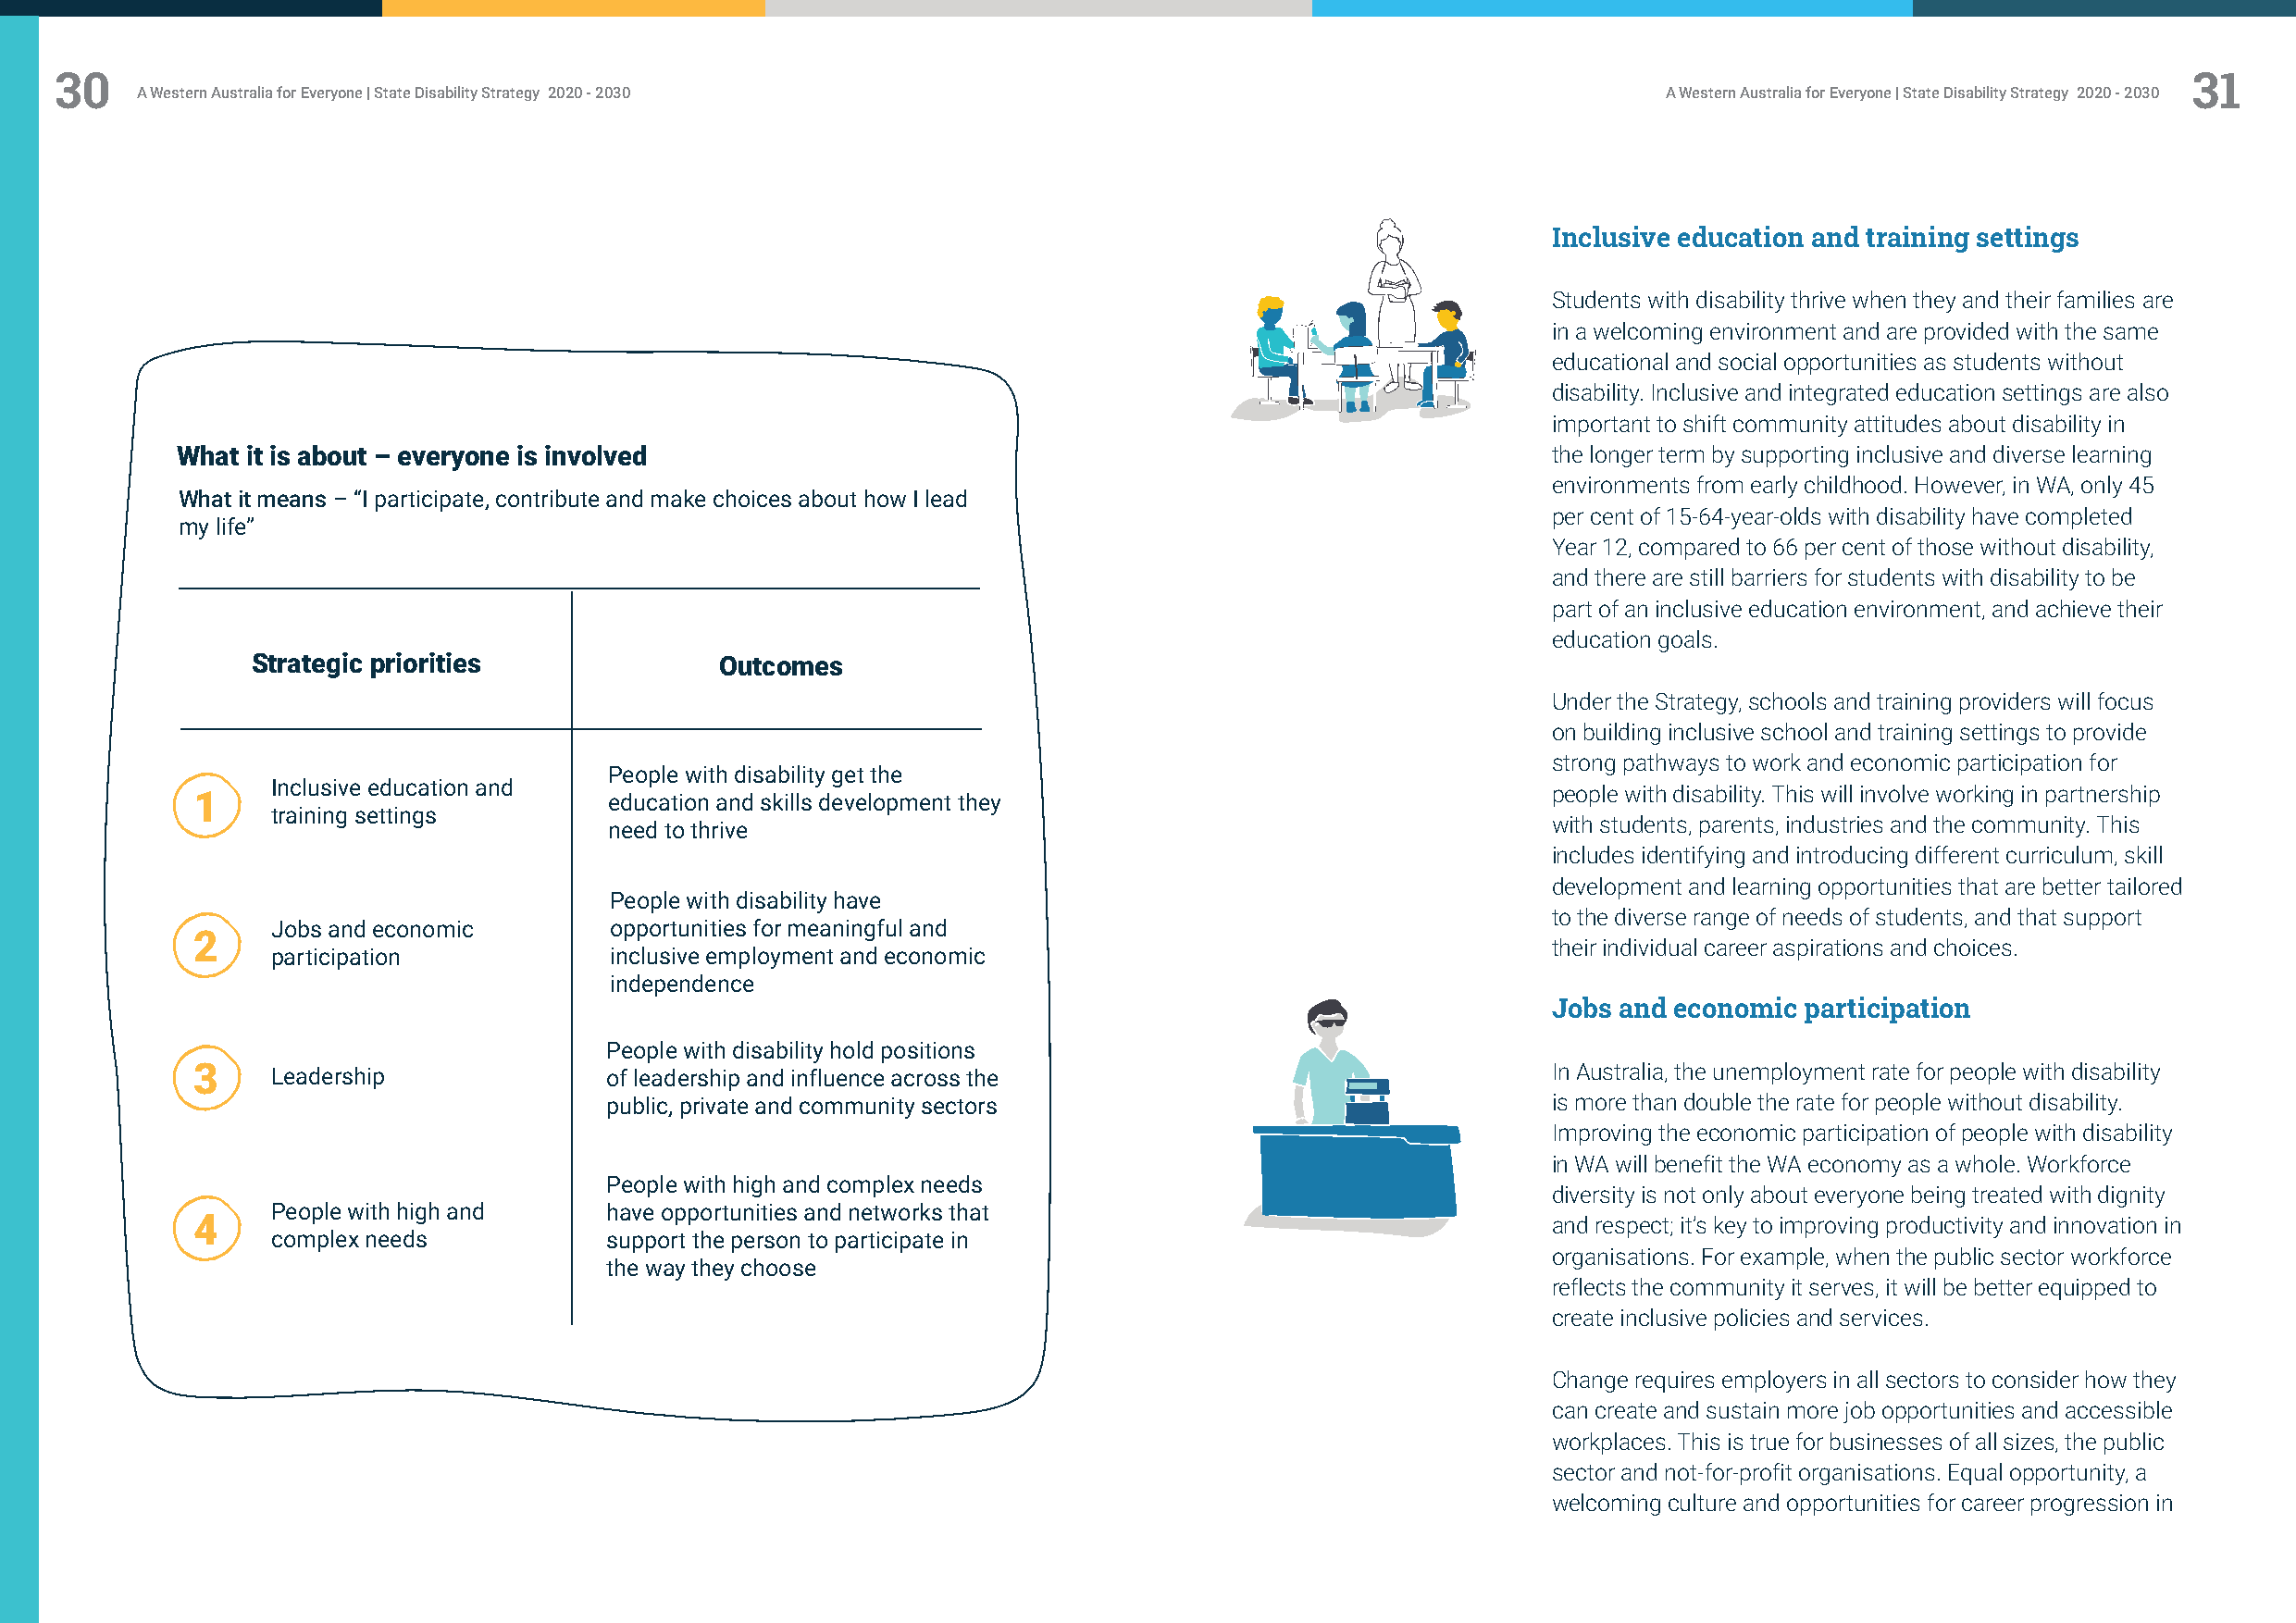
30                                                                                                                                                       31
 A Western Australia for Everyone | State Disability Strategy 2020 - 2030                                     A Western Australia for Everyone | State Disability Strategy 2020 - 2030
 Inclusive education and training settings
 Students with disability thrive when they and their families are
 in a welcoming environment and are provided with the same
 educational and social opportunities as students without
 disability. Inclusive and integrated education settings are also
 important to shift community attitudes about disability in
 What it is about – everyone is involved                                                           the longer term by supporting inclusive and diverse learning
 environments from early childhood. However, in WA, only 45
 What it means – “I participate, contribute and make choices about how I lead
 per cent of 15-64-year-olds with disability have completed
 my life”
 Year 12, compared to 66 per cent of those without disability,
 and there are still barriers for students with disability to be
 part of an inclusive education environment, and achieve their
 education goals.
 Strategic priorities             Outcomes
 Under the Strategy, schools and training providers will focus
 on building inclusive school and training settings to provide
 strong pathways to work and economic participation for
 People with disability get the
 Inclusive education and
 1                            education and skills development they                               people with disability. This will involve working in partnership
 training settings
 need to thrive                                                      with students, parents, industries and the community. This
 includes identifying and introducing different curriculum, skill
 development and learning opportunities that are better tailored
 People with disability have
 to the diverse range of needs of students, and that support
 Jobs and economic        opportunities for meaningful and
 2
 their individual career aspirations and choices.
 participation            inclusive employment and economic
 independence
 Jobs and economic participation
 People with disability hold positions
 3    Leadership              of leadership and influence across the                              In Australia, the unemployment rate for people with disability
 public, private and community sectors                               is more than double the rate for people without disability.
 Improving the economic participation of people with disability
 in WA will benefit the WA economy as a whole. Workforce
 People with high and complex needs
 diversity is not only about everyone being treated with dignity
 People with high and    have opportunities and networks that
 4                                                                                                and respect; it’s key to improving productivity and innovation in
 complex needs           support the person to participate in
 organisations. For example, when the public sector workforce
 the way they choose
 reflects the community it serves, it will be better equipped to
 create inclusive policies and services.
 Change requires employers in all sectors to consider how they
 can create and sustain more job opportunities and accessible
 workplaces. This is true for businesses of all sizes, the public
 sector and not-for-profit organisations. Equal opportunity, a
 welcoming culture and opportunities for career progression in